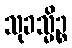
သုခသ္မိဉ္စ